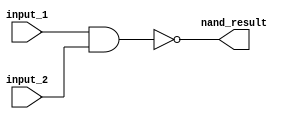
module nand_gate
(
	input_1,
	input_2,
	nand_result
);

	input input_1;
	input input_2;
	output nand_result;

	assign nand_result = !(input_1 & input_2);

endmodule